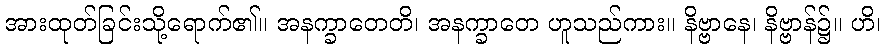
အားထုတ်ခြင်းသို့ရောက်၏။ အနက္ခာတေတိ၊ အနက္ခာတေ ဟူသည်ကား။ နိဗ္ဗာနေ၊ နိဗ္ဗာန်၌။ ဟိ၊